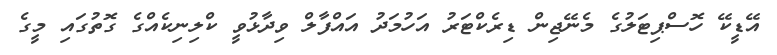
އޭޑީކޭ ހޮސްޕިޓަލުގެ މެނޭޖިން ޑިރެކްޓަރު އަހުމަދު އައްފާލް ވިދާޅުވީ ކްލިނިކެއްގެ ގޮތުގައި މީގެ